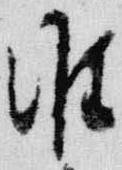
准